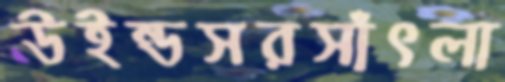
উইন্ডসরসাঁৎলা